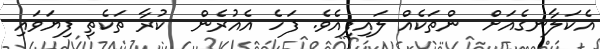
އެކަލާނގެއަށް  ންތަކެއް ލައިފިއެވެ. ފަހެ އެއުރެން  ކުރާ ތަކެތި ފިޔަވައި